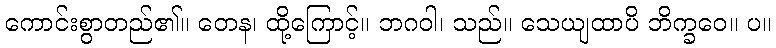
ကောင်းစွာတည်၏။ တေန၊ ထို့ကြောင့်။ ဘဂဝါ၊ သည်။ သေယျထာပိ ဘိက္ခဝေ။ ပ။